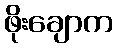
ဖိုးချောက